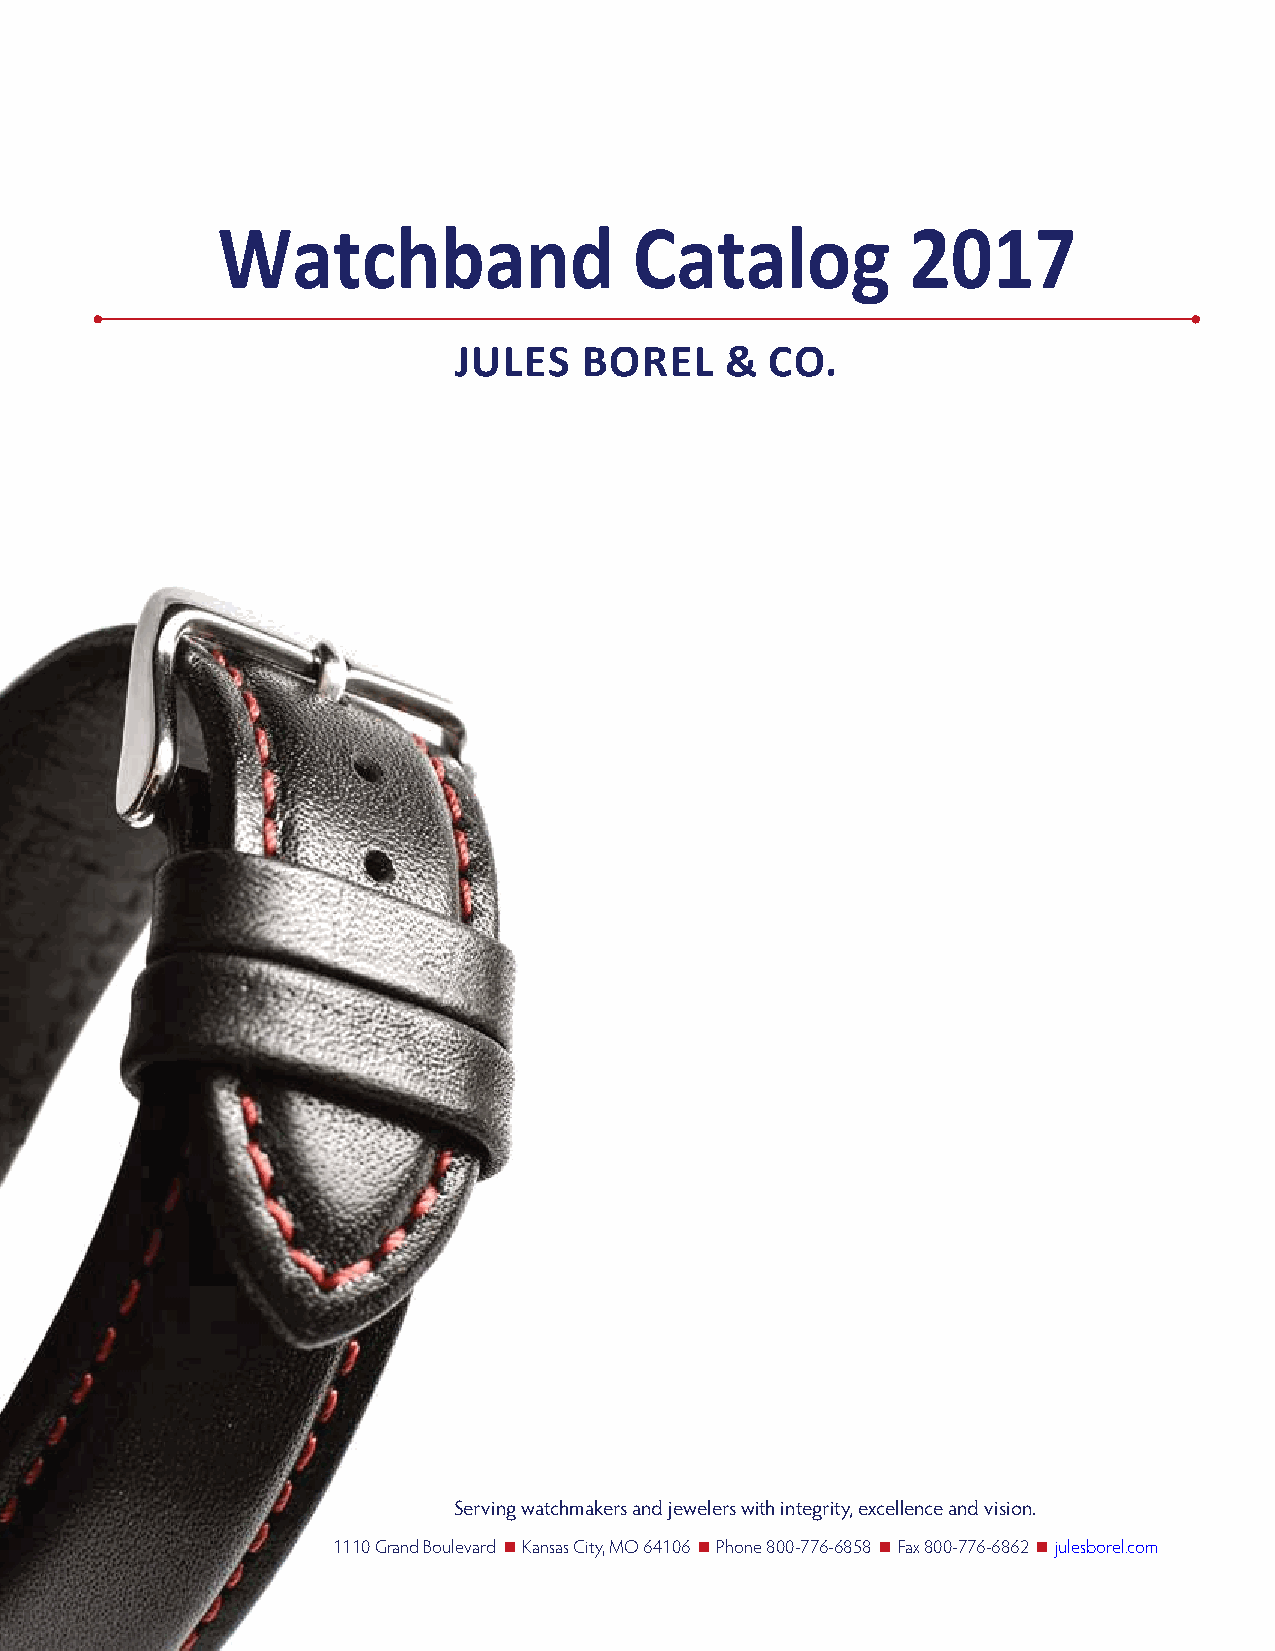
Watchband                   Catalog           2017
 JULES    BOREL    &  CO.
 Serving watchmakers and jewelers with integrity, excellence and vision.
 1110 Grand Boulevard n Kansas City, MO 64106 n Phone 800-776-6858 n Fax 800-776-6862 n julesborel.com